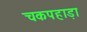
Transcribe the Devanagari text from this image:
चकपहाड़ा